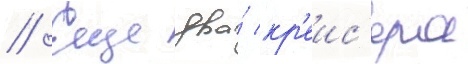
// Еще два́ кр'еис'ера